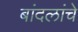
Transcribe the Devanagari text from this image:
बांदलांचे